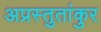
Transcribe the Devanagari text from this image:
अप्रस्तुतांकुर